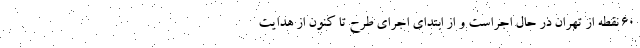
۶۰ نقطه از تهران در حال اجراست و از ابتدای اجرای طرح تا کنون از هدایت